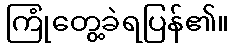
ကြုံတွေ့ခဲရပြန်၏။